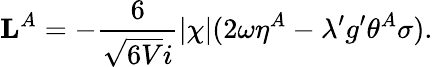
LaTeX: {\mathbf L}^{A}=-\frac{6}{\sqrt{6V}i}|\chi|(2\omega\eta^{A}-\lambda^{\prime}g^{\prime}\theta^{A}\sigma).